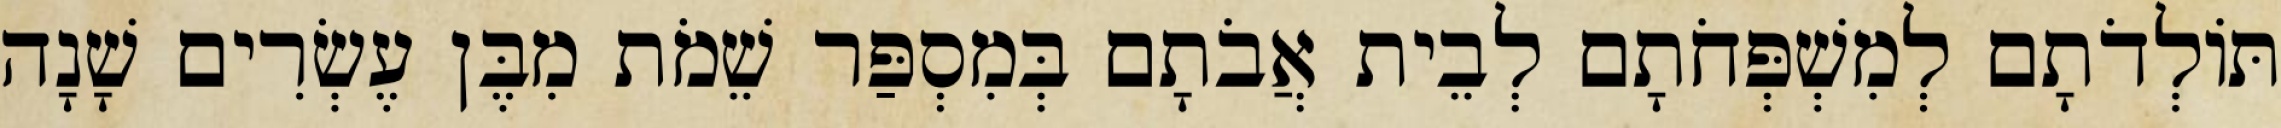
תּוֹלְדֹתָם לְמִשְׁפְּחֹתָם לְבֵית אֲבֹתָם בְּמִסְפַּר שֵׁמֹת מִבֶּן עֶשְׂרִים שָׁנָה